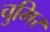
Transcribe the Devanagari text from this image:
चुमिर